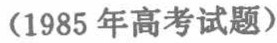
（1985 年高考试题）